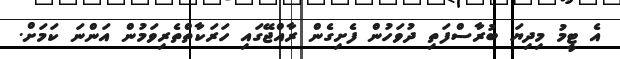
އެ ޓީމު މިދިޔަ ބުރާސްފަތި ދުވަހުން ފެށިގެން ރާއްޖޭގައި ހަރަކާތްތެރިވަމުން އަންނަ ކަމަށް.